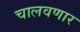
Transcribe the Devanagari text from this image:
चालवणार